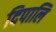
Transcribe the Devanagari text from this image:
दिपालि